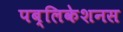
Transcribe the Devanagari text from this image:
पब्लिकेशनस